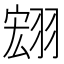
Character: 翝